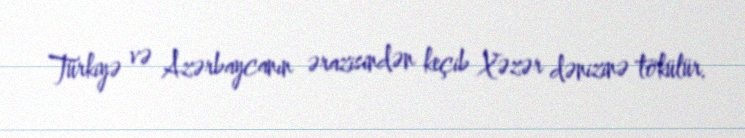
Türkiyə və Azərbaycanın ərazisindən keçib Xəzər dənizinə tökülür.